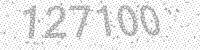
Solution: 127100